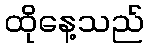
ထိုနေ့သည်